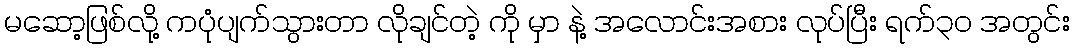
မဆော့ဖြစ်လို့ ကပုံပျက်သွားတာ လိုချင်တဲ့ ကို မှာ နဲ့ အလောင်းအစား လုပ်ပြီး ရက်၃၀ အတွင်း